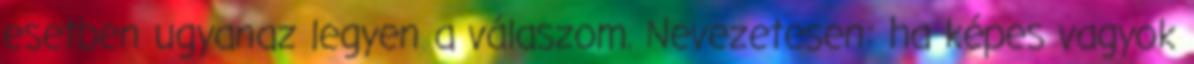
esetben ugyanaz legyen a válaszom. Nevezetesen: ha képes vagyok